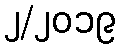
၂/၂၀၁၉